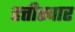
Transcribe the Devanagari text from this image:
हत्तीस्वार